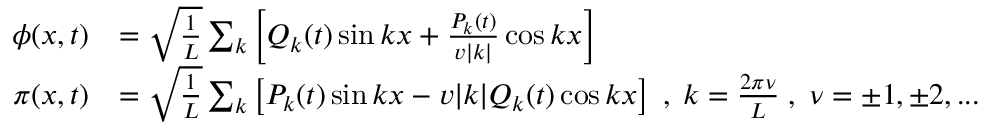
\begin{array} { r l } { \phi ( x , t ) } & { = \sqrt { \frac { 1 } { L } } \sum _ { k } \left[ Q _ { k } ( t ) \sin k x + \frac { P _ { k } ( t ) } { v | k | } \cos k x \right] } \\ { \pi ( x , t ) } & { = \sqrt { \frac { 1 } { L } } \sum _ { k } \left[ P _ { k } ( t ) \sin k x - v | k | Q _ { k } ( t ) \cos k x \right] \; , \; k = \frac { 2 \pi \nu } { L } \; , \; \nu = \pm 1 , \pm 2 , . . . } \end{array}